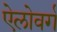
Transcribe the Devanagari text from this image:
ऐलोवर्ग